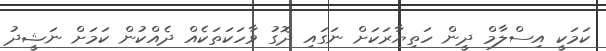
ކަމަކީ އިސްލާމް ދީން ހަތިޔާރަކަށް ނަގައި ދޮގު ވާހަކަތަކެއް ދެއްކުން ކަމަށް ނަޝީދު